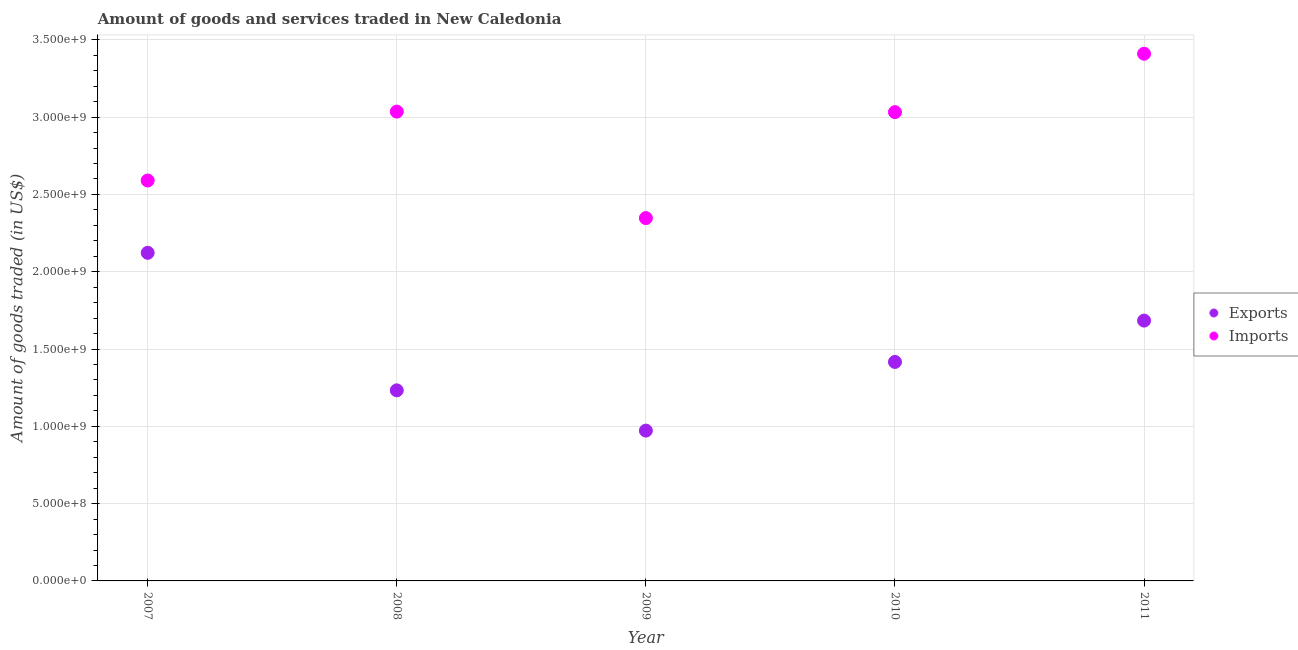
| Year | Exports | Imports |
 | --- | --- | --- |
 | 2007 | 2.12e+09 | 2.59e+09 |
 | 2008 | 1.23e+09 | 3.04e+09 |
 | 2009 | 9.72e+08 | 2.35e+09 |
 | 2010 | 1.42e+09 | 3.03e+09 |
 | 2011 | 1.68e+09 | 3.41e+09 |